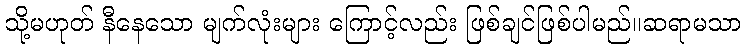
သို့မဟုတ် နီနေသော မျက်လုံးများ ကြောင့်လည်း ဖြစ်ချင်ဖြစ်ပါမည်။ဆရာမသာ